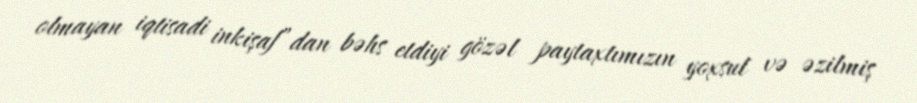
olmayan iqtisadi inkişaf”dan bəhs etdiyi gözəl paytaxtımızın yoxsul və əzilmiş